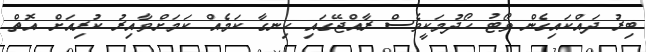
ބިރު ދައްކައިގެން ވޯޓު ހޯދުމަކީވެސް ރާއްޖޭގައި ހިނގާ ކަމެއް ކަމަށްވާއިރު ކުރިއަށް އޮތް